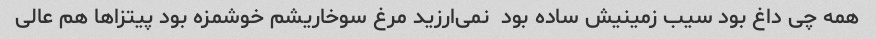
همه چی داغ بود سیب زمینیش ساده بود  نمی‌ارزید مرغ سوخاریشم خوشمزه بود پیتزا‌ها هم عالی